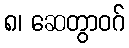
၈၊ ဆေတွာဝဂ်